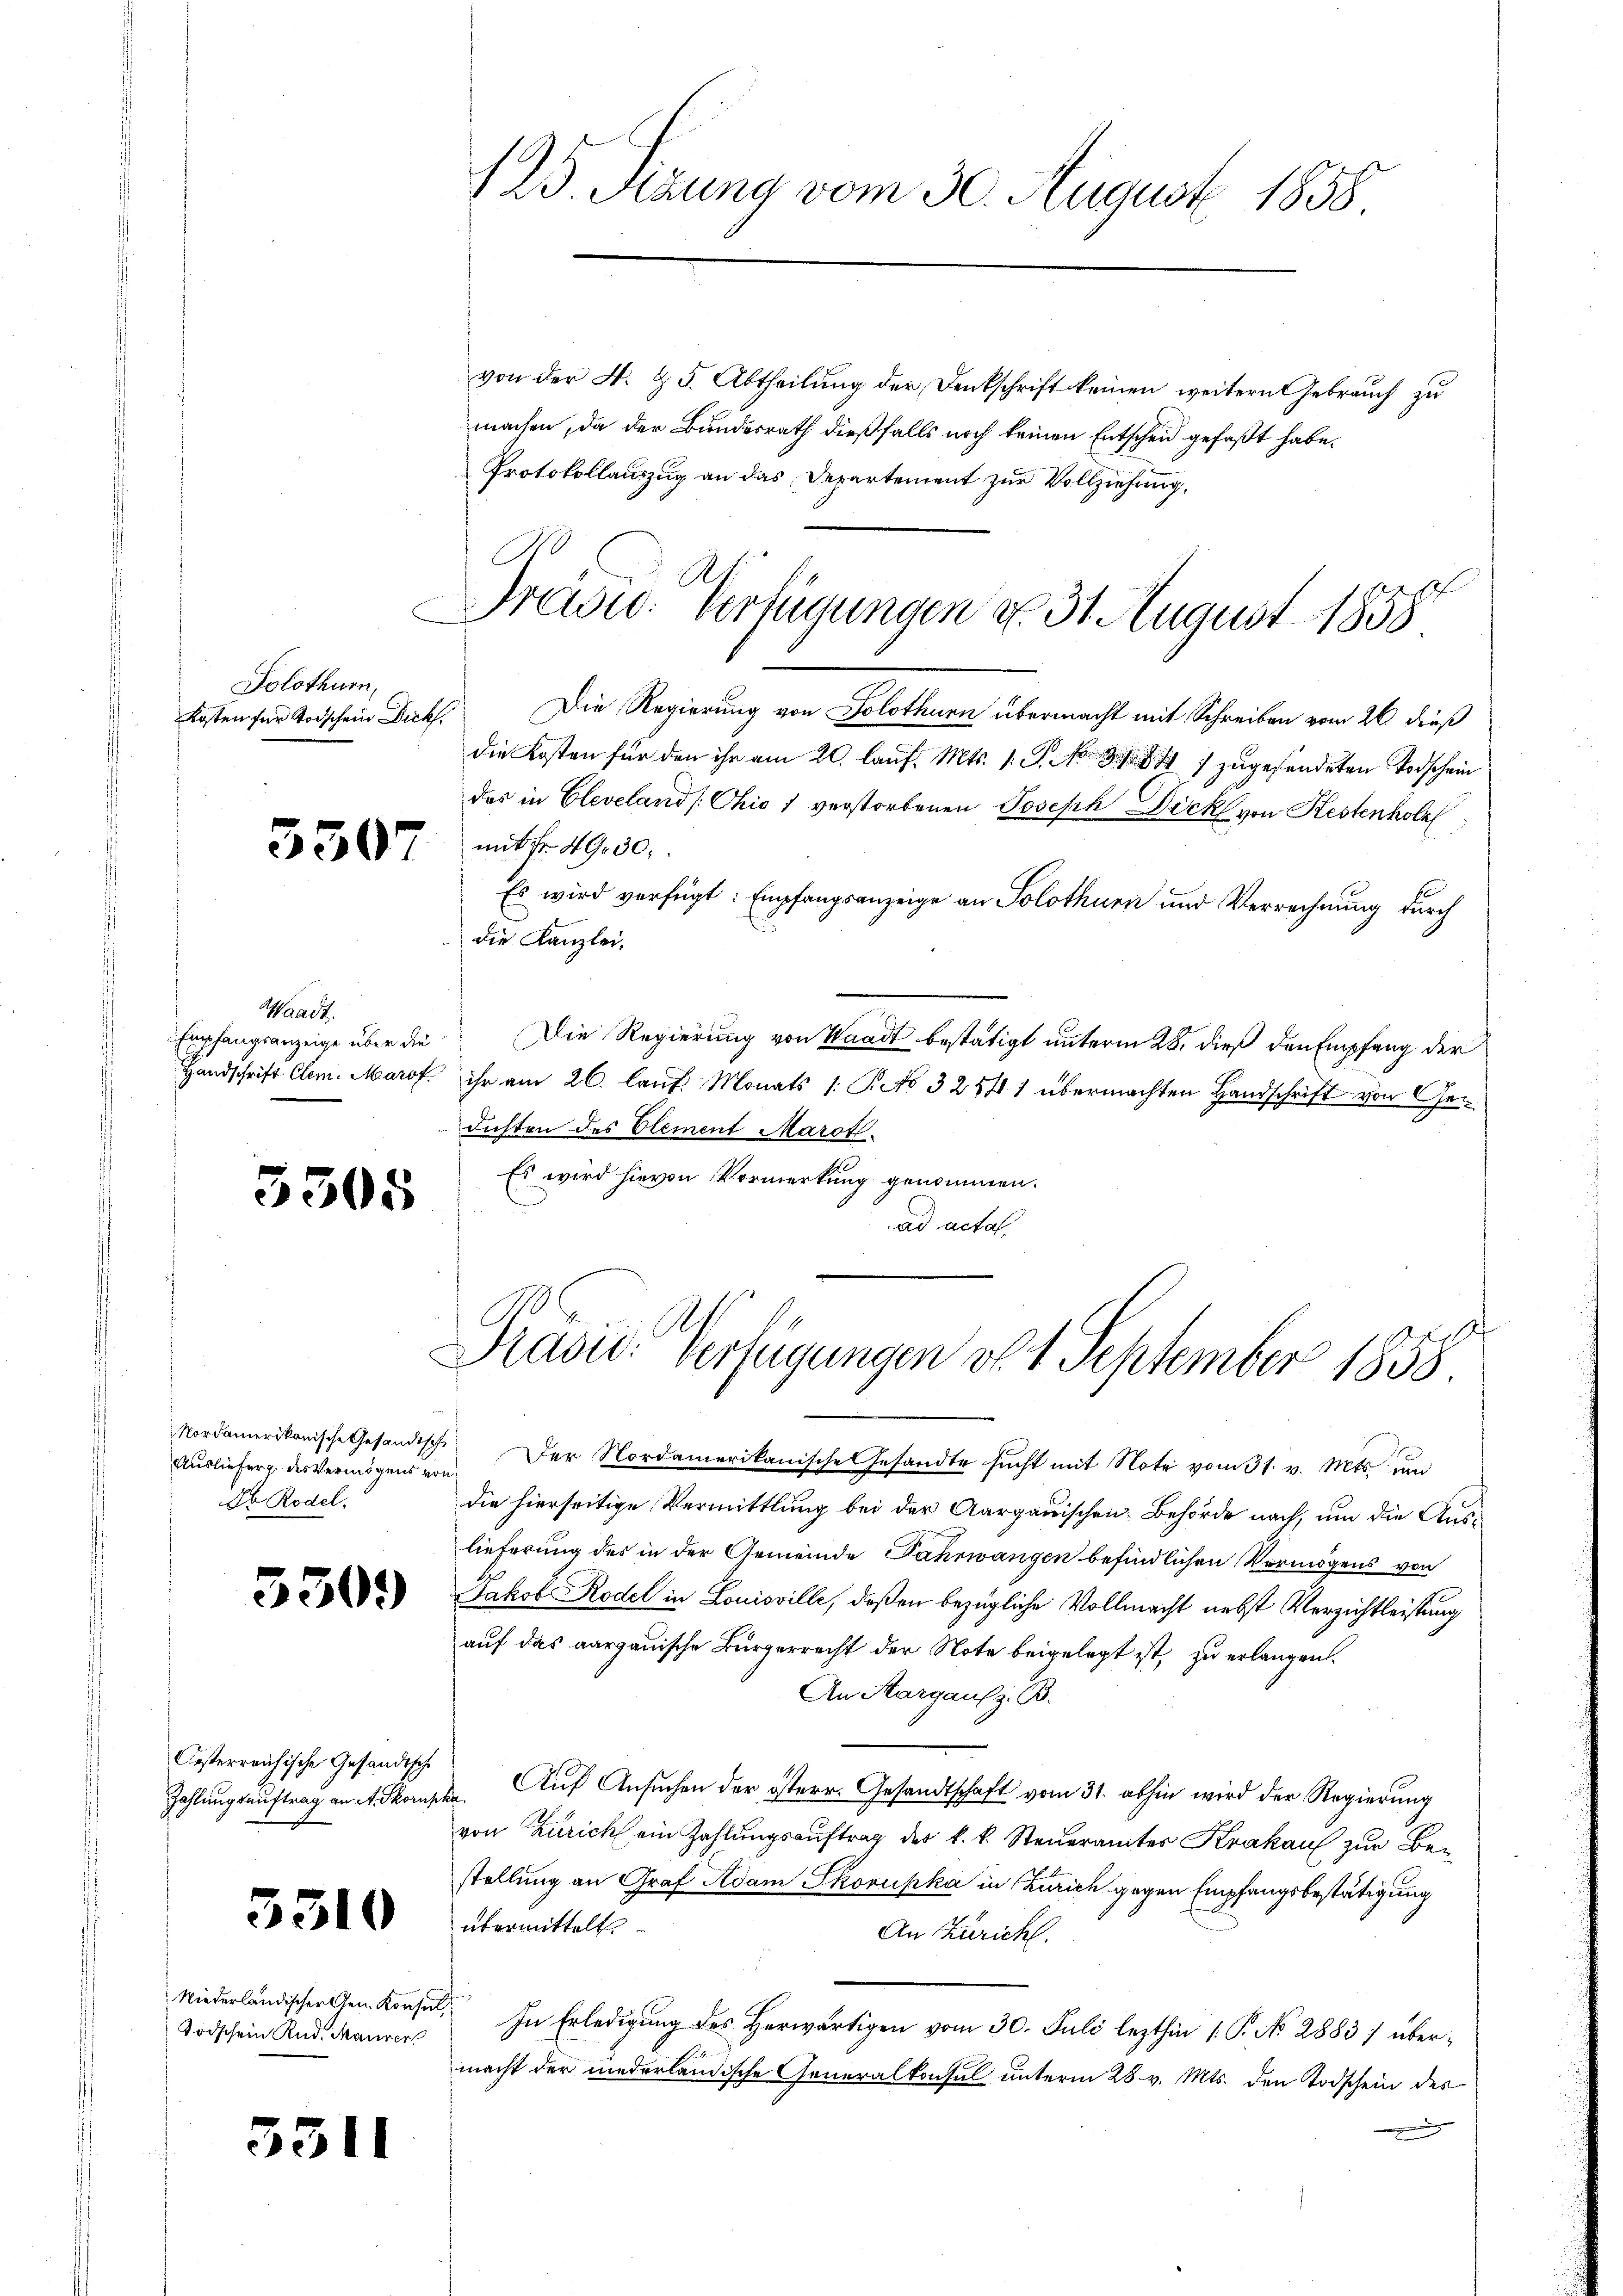
Solothurn,
Kosten für Todschein Dickh.

5507

Waadt.

5

Auslieferg des Vermögens von
So Rodel.

3309

Oesterreichische Gesandtsch

5310

Niederländischer Gen. Konsul
Todschein Rud. Maurer

53

von der 4. & 5. Abtheilung der Denkschrift keinen weitern Gebrauch zu
machen, da der Bundesrath dießfalls noch keinen Entscheid gefaßt habe.
Protokollauszug an das Departement zur Vollziehung.
A

125. Serung vom 30. August 1858

.
rasw. Verfügungen d. 31. August 1858

Die Regierung von Solothurn übermacht mit Schreiben vom 26 dieß
die Kosten für den ihr am 20. lauf. Mts. 1. J. No. 81. 847 zugesendeten Todschein
des in Cleveland [Chio 1 verstorbenen Joseph Dick von Kestenhole
mit Fr. 4930
Es wird verfügt: Empfangsanzeige an Solothurn und Verrechnung durch
die Kanzlei,
Empfangsanzeige über die Die Regierung von Waadt bestätigt unterm 28. dieß den Empfang der
Handschrift Clem. Marof ihr am 26. lauf Monats /: P. No 3254 1 übermachten Handschrift von Gendichten des Element Marot.
Es wird hievon Vormerkung genommen.
t
ad acta
Mordamerikanische Gesandtsche Der Nordamerikanische Gesandte sucht mit Note vom 31. v. Mts. und
die hierseitige Vermittlung bei der Aargauischen Behörde nach, um die Auslieferung des in der Gemeinde Fahrwangen befindlichen Vermögens von
Jakob Rodel in Louisville, deßen bezügliche Vollmacht nebst Verzichtleistung
auf das aargauische Bürgerrecht der Note beigelegt ist, zu erlangen.
An Margaus z. B.
Zahlungsauftrag an A. Skorphe. Auf Ansuchen der österr. Gesandtschaft vom 31. abhin wird der Regierung
von Zürich ein Zahlungsauftrag der k. k. Steueramtes Krakau zur Bestellung an Graf Adam Skorupka in Zürich gegen Empfangsbestätigung
übermittelt.
An Züricht.
In Erledigung des Herwärtigen vom 30. Juli lezthin 1. P. No 2883) übermacht der niederländische Generalkonsul unterm 28. v. Mts. den Todschein des

S
Pravić-Verfügungen d. 1. September 1858